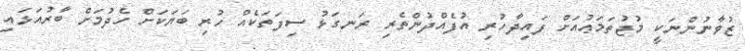
ޒުވާނުންނަކީ މުޖުތަމަޢުއަށް ފައިދާހުރި އުފެއްދުންތެރި ރަނގަޅު ސިފަތަކެއް ހުރި ބަޔަކަށް ހެދުމަށް ބާރުއަޅައި